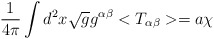
\begin{align*}\frac{1}{ 4{\pi}}\int d^2x\sqrt{g}g^{\alpha\beta}<T_{\alpha\beta}> = a{\chi}\end{align*}